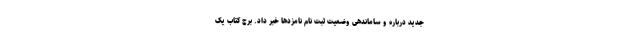
جدید درباره و ساماندهی وضعیت ثبت نام نامزدها خبر داد. برج کتاب یک